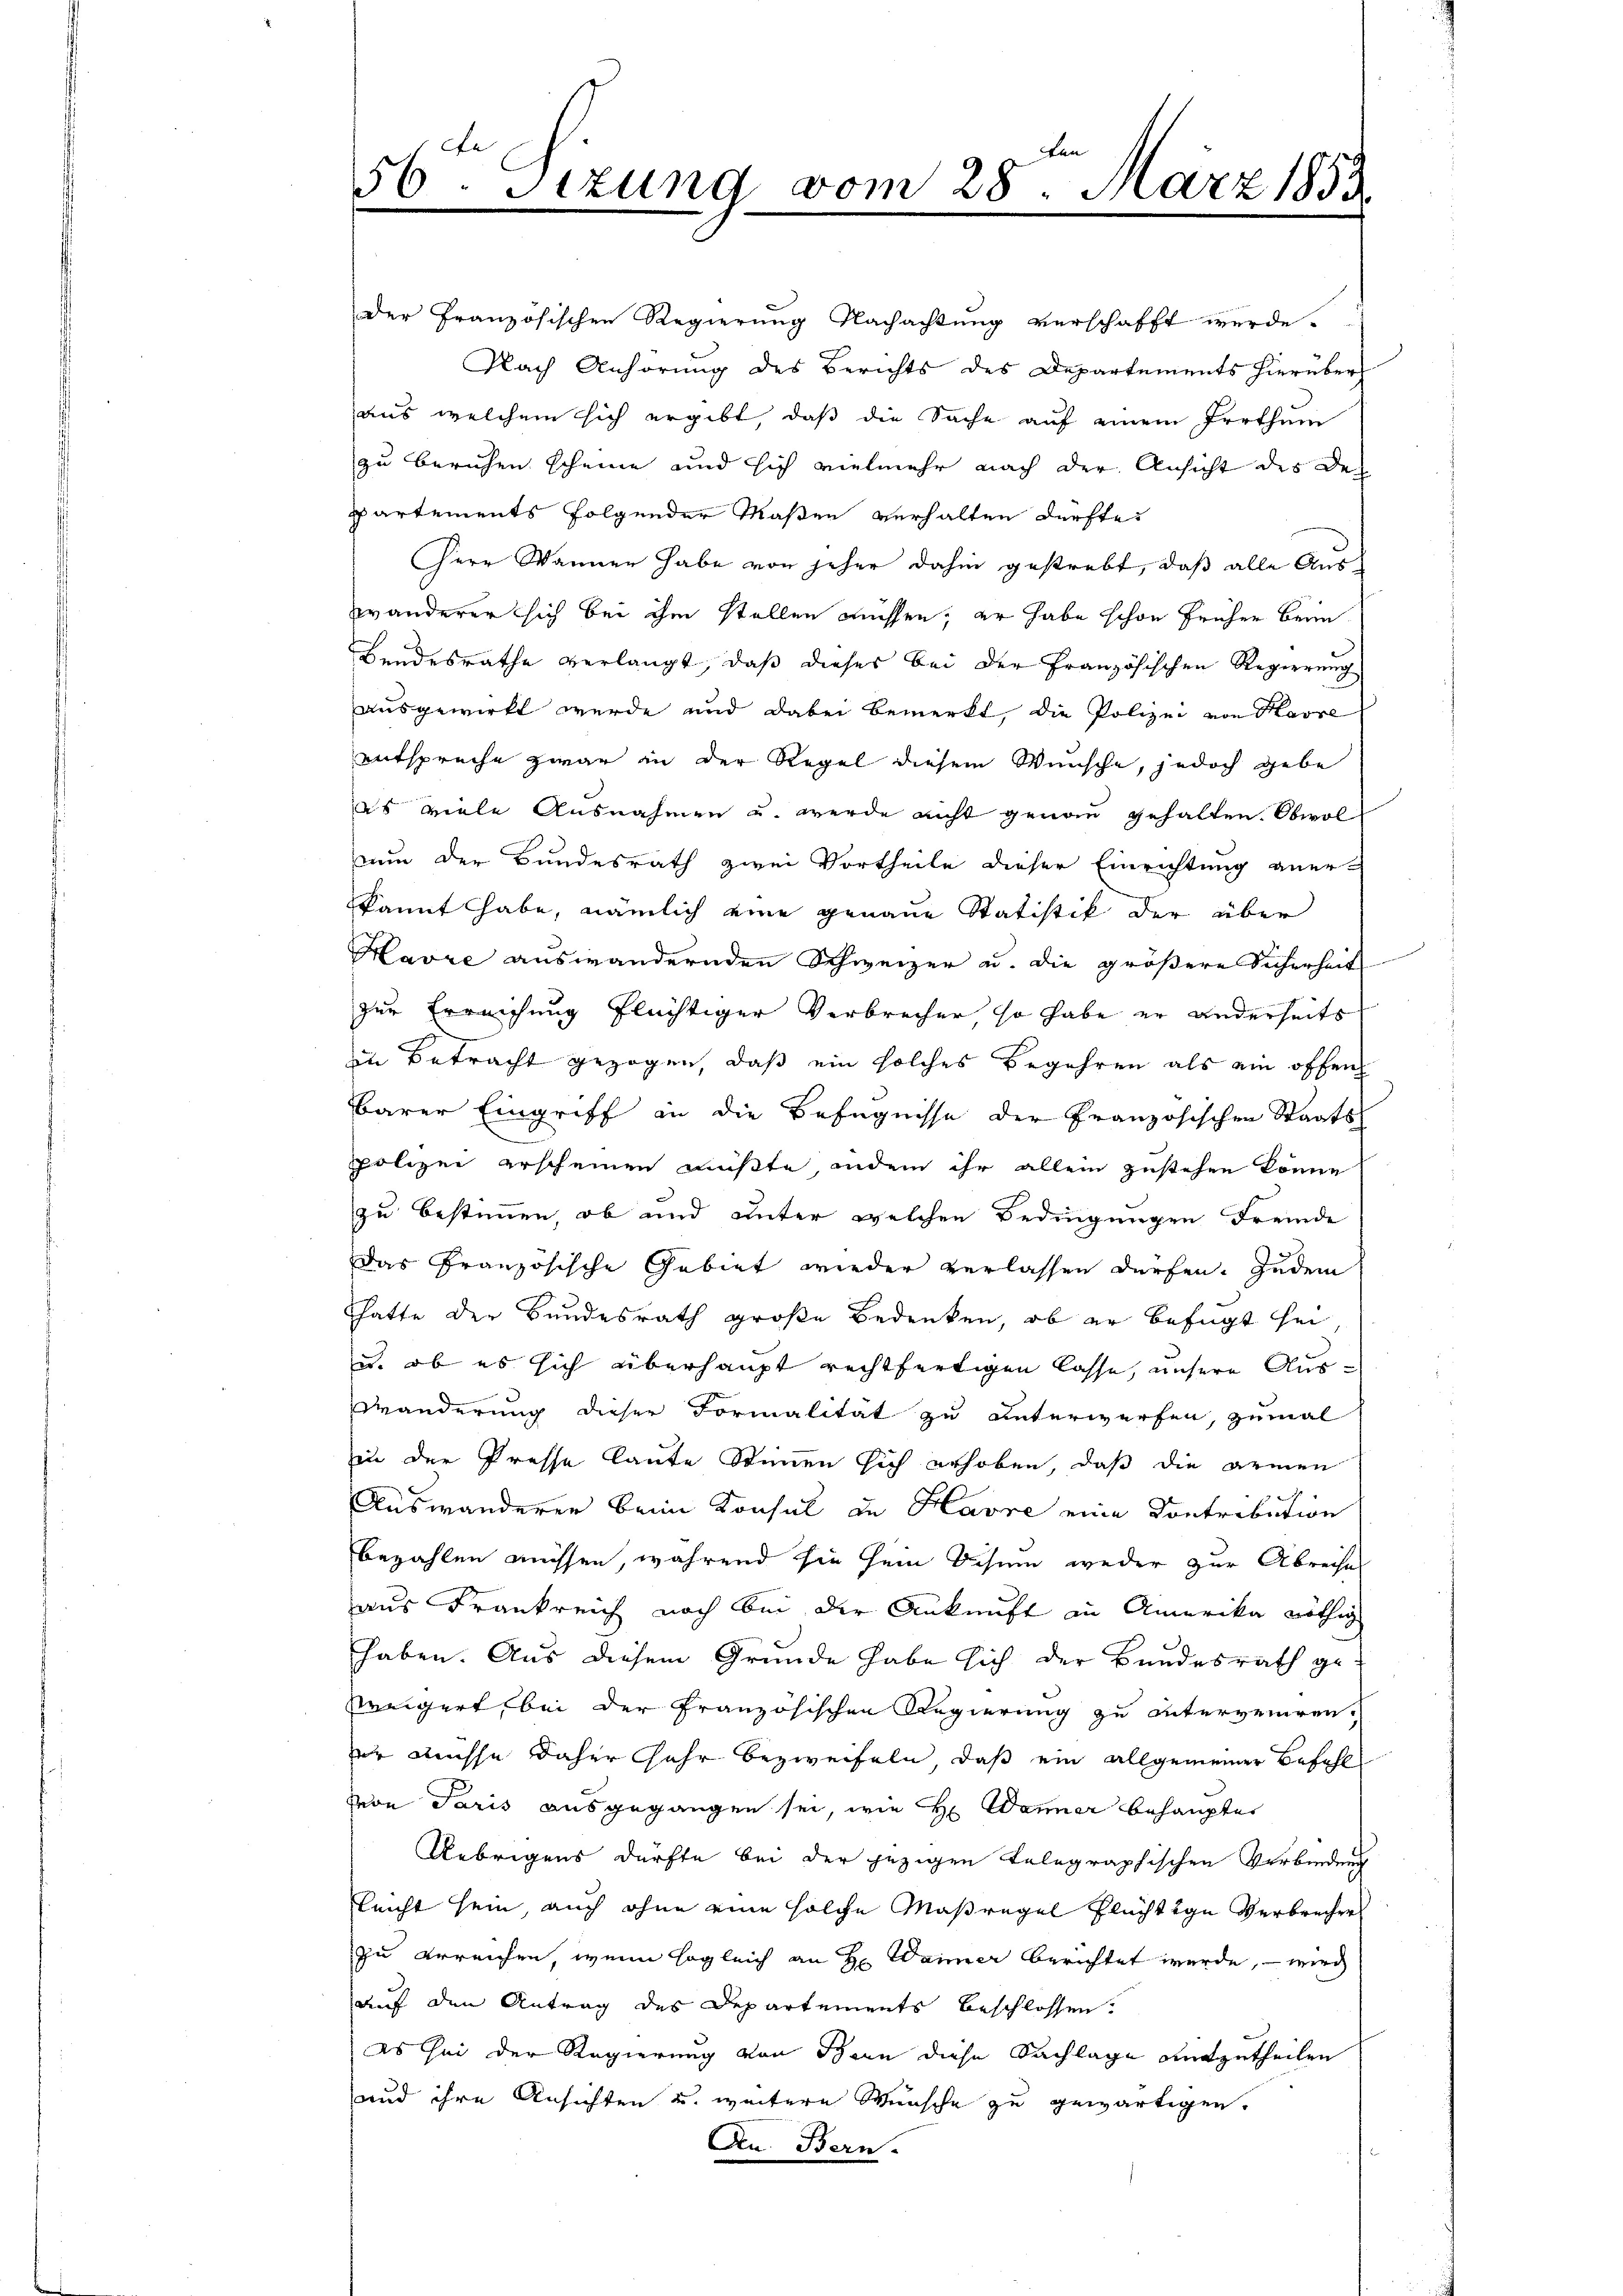
Fen
56. Sizung vom 28. März 1853
m

der Französischen Regierung Nachachtung verschafft werde.
Nach Anhörung des Berichts des Departements hierüber
aus welchem sich ergibt, daß die Sache auf einem Irrthum
zu beruhen scheine und sich vielmehr nach der Ansicht des De¬
Partements folgender Maßen verhalten dürfte.
Herr Wannen habe von jeher dahin gestrebt, daß alle Auswanderer sich bei ihm stellen müssen; er habe schon früher beim
Bandesrathe verlangt, daß dieses bei der Französischen Regierung
ausgewirkt wurde und dabei bemerkt, die Polizei von Havre
entspreche zwar in der Regel diesem Wünsche, jedoch gebe
as viele Ausnahmen u. werde nicht genau gehalten. Obwol
nun der Bundesrath zwei Vortheile dieser Einrichtung aner-
kannt habe, nämlich eine genaue Statistik der über
Havre auswandernden Schweizer u. die größere Sicherheit
zur Erreichung flüchtiger Verbrecher so habe er anderseits
in Betracht gezogen, daß ein solches Begehren als ein offen
barer Eingriff in die Befugnisse der Französischen Staats
polizei erscheinen mußte, indem ihr allein zustehen könne
zu bestimmen, ob und unter welchen Bedingungen Fremde
das französische Gebiet wieder verlassen dürfen. Zudem
Thatte der Bundesrath große Bedenken, ob er befugt her
u. ob es sich überhaupt rechtfertigen lasse, unsere Ausdänderung dieser Formalität zu unterwerfen, zumal
in der Presse laute Stimmen sich erhoben, daß die armen
Auswanderen beim Konsul in Havre eine Contribution
bezahlen müssen, während sie sein Schein weder zur Abreises
aus Frankreich noch bei der Ankunft in Amerika nöthig
haben. Aus diesem Gründe habe sich der Bundesrath ge-
Ereigert bei der Französischen Regierung zu unterveniren,
er müsse daher Jahr bezweifeln, daß ein allgemeiner Befehl
von Paris ausgegangen sei, wie Hr. Wanner behauptet
Uebrigens dürfte bei der jezigen telegraphischen Verbindung
leicht sein, auch ohne eine solche Maßregel Fluchtige Verbrecher
zu erreichen, wenn sogleich an Hr. Weiner berichtet werde, – wird
auf den Antrag des Departements beschlossen.
Es sei der Regierung von Bern diese Sachlage mitzutheilen
und ihre Ansichten u. weitere Wünsche zu gewärtigen.
An Bern.